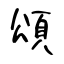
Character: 頌